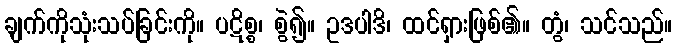
ချက်ကိုသုံးသပ်ခြင်းကို။ ပဋိစ္စ၊ စွဲ၍။ ဥဒပါဒိ၊ ထင်ရှားဖြစ်၏။ တွံ၊ သင်သည်။